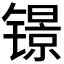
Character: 𲈚